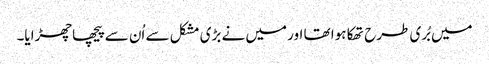
میں بُری طرح تھکا ہوا تھا اور میں نے بڑی مشکل سے اُن سے پیچھا چھڑایا۔